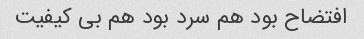
افتضاح بود هم سرد بود هم بی کیفیت